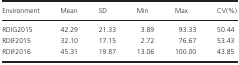
<table><thead><tr><td><b>Environment</b></td><td><b>Mean</b></td><td><b>SD</b></td><td><b>Min</b></td><td><b>Max</b></td><td><b>CV(%)</b></td></tr></thead><tbody><tr><td>RDIG2015</td><td>42.29</td><td>21.33</td><td>3.89</td><td>93.33</td><td>50.44</td></tr><tr><td>RDIF2015</td><td>32.10</td><td>17.15</td><td>2.72</td><td>76.67</td><td>53.43</td></tr><tr><td>RDIF2016</td><td>45.31</td><td>19.87</td><td>13.06</td><td>100.00</td><td>43.85</td></tr></tbody></table>